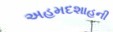
અહમદશાહની